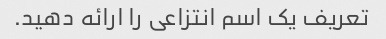
تعریف یک اسم انتزاعی را ارائه دهید.